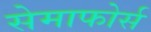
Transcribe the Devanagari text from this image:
सेमाफोर्स